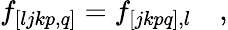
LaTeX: f_{[ljkp,q]}=f_{[jkpq],l}\quad,